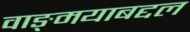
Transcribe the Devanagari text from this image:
वाङ्‌मयाबद्दल